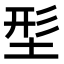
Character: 𡌑